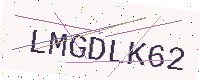
Text: LMGDLK62